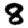
Digit: 8